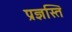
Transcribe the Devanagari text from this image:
प्रज्ञस्ति